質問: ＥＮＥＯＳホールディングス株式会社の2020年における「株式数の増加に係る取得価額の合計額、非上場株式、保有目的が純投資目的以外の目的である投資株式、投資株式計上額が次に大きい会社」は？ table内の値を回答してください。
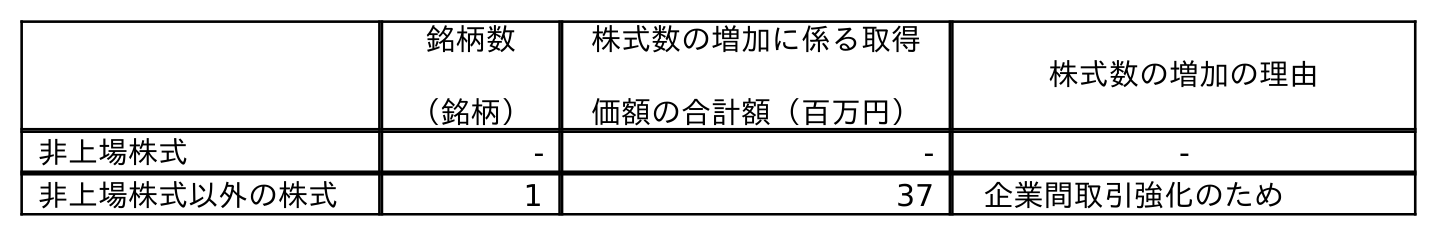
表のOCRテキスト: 銘柄数 （銘柄） 株式数の増加に係る取得 価額の合計額（百万円） 株式数の増加の理由 非上場株式 - - - 非上場株式以外の株式 1 37 企業間取引強化のため
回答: -